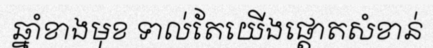
ឆ្នាំខាងមុខ ទាល់តែយើងផ្តោតសំខាន់